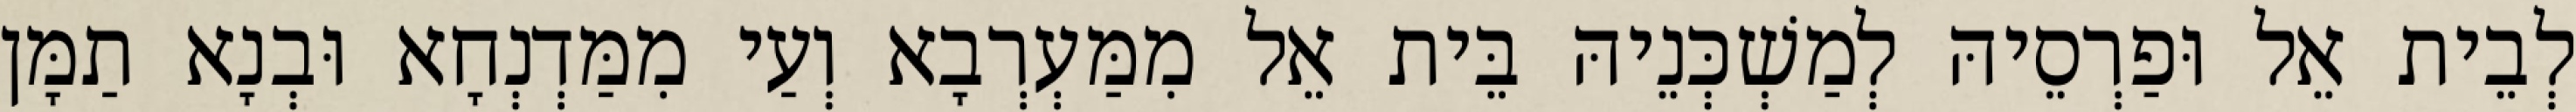
לְבֵית אֵל וּפַרְסֵיהּ לְמַשְׁכְּנֵיהּ בֵּית אֵל מִמַּעְרְבָא וְעַי מִמַּדְנְחָא וּבְנָא תַמָּן